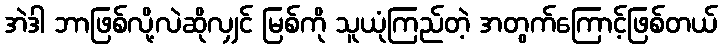
အဲဒါ ဘာဖြစ်လို့လဲဆိုလျှင် မြစ်ကို သူယုံကြည်တဲ့ အတွက်ကြောင့်ဖြစ်တယ်